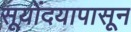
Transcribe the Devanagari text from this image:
सूयोंदयापासून